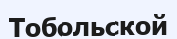
Тобольской